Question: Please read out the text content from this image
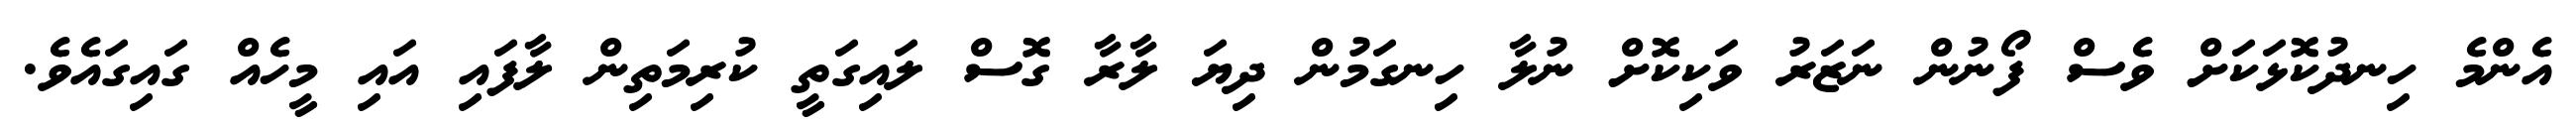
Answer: އެންމެ ހިނދުކޮޅަކަށް ވެސް ފޯނުން ނަޒަރު ވަކިކޮށް ނުލާ ހިނގަމުން ދިޔަ ލާރާ ގޮސް ލައިގަތީ ކުރިމަތިން ލާފައި އައި މީހެއް ގައިގައެވެ.